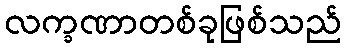
လက္ခဏာတစ်ခုဖြစ်သည်